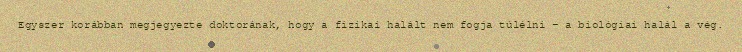
Egyszer korábban megjegyezte doktorának, hogy a fizikai halált nem fogja túlélni – a biológiai halál a vég.